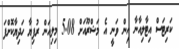
ކަރިޓަސް އިޓާލިއާނާ އިން ވަނީ އެ މަޝްރޫއަށް 5.08 މިލިއަން ރުފިޔާ ހަދިޔާކޮށްފަ